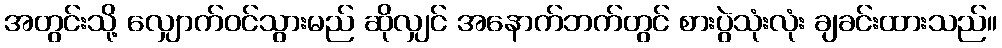
အတွင်းသို့ လျှောက်ဝင်သွားမည် ဆိုလျှင် အနောက်ဘက်တွင် စားပွဲသုံးလုံး ချခင်းထားသည်။